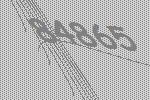
84865